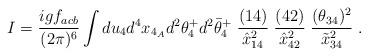
LaTeX: \begin{align*}I = {igf_{acb}\over (2\pi)^6} \int du_4 d^4x_{4_A}d^2\theta^+_4d^2\bar\theta^+_4\ {(14)\over \hat x^2_{14}}\; {(42)\over \hat x^2_{42}}\; {(\theta_{34})^2\over \tilde x^2_{34}}\;.\end{align*}